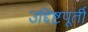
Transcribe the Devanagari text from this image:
उद्दिष्टपूर्ती